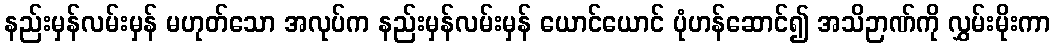
နည်းမှန်လမ်းမှန် မဟုတ်သော အလုပ်က နည်းမှန်လမ်းမှန် ယောင်ယောင် ပုံဟန်ဆောင်၍ အသိဉာဏ်ကို လွှမ်းမိုးကာ